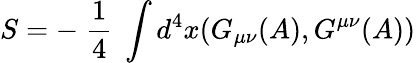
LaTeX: S=-\; \frac{1}{4}\; \int d^{4}x(G_{\mu\nu}(A),G^{\mu\nu}(A))